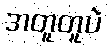
အတူတူပဲ